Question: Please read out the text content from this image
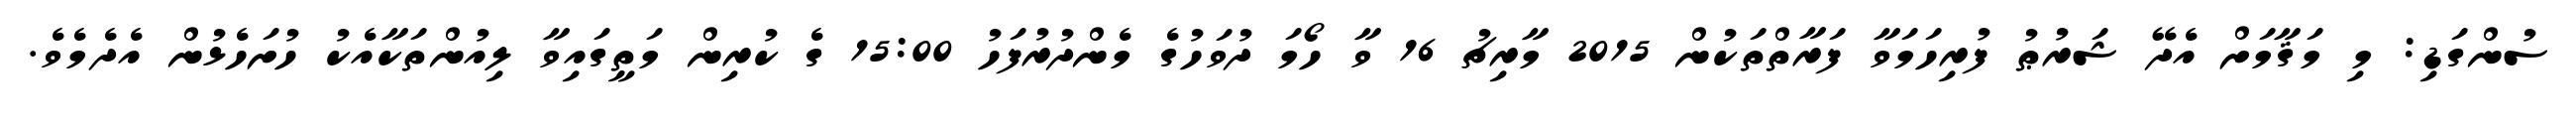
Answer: ސުންގަޑި: މި މަޤާމަށް އެދޭ ޝަރުޠު ފުރިހަމަވާ ފަރާތްތަކުން 2015 މާރިޗު 16 ވާ ހޯމަ ދުވަހުގެ މެންދުރުފަހު 15:00 ގެ ކުރިން މަތީގައިވާ ލިއުންތަކާއެކު ހުށަހެޅުން އެދެމެވެ.